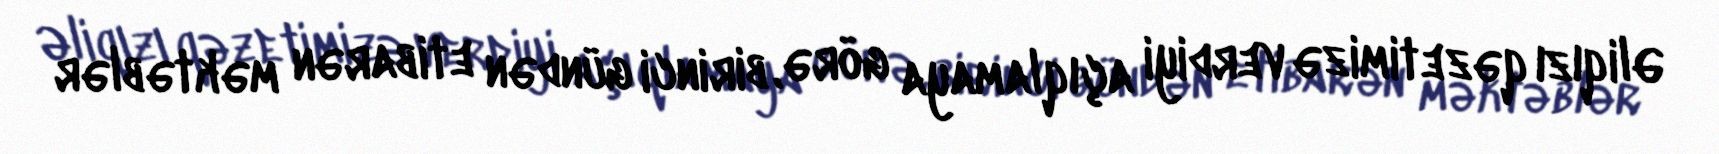
Əliqızı qəzetimizə verdiyi açıqlamaya görə, birinci gündən etibarən məktəblər